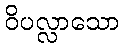
ဝိပလ္လာသော